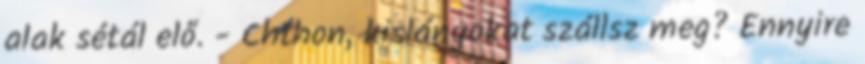
alak sétál elő. - Chthon, kislányokat szállsz meg? Ennyire